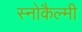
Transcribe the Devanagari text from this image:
स्नोकैल्मी